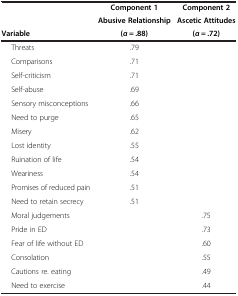
<table><thead><tr><td><b> </b></td><td><b>Component 1</b></td><td><b>Component 2</b></td></tr><tr><td><b> </b></td><td><b>Abusive Relationship</b></td><td><b>Ascetic Attitudes</b></td></tr><tr><td><b>Variable</b></td><td><b>(<i>α</i> = .88)</b></td><td><b>(<i>α</i> = .72)</b></td></tr></thead><tbody><tr><td>Threats</td><td>.79</td><td> </td></tr><tr><td>Comparisons</td><td>.71</td><td> </td></tr><tr><td>Self-criticism</td><td>.71</td><td> </td></tr><tr><td>Self-abuse</td><td>.69</td><td> </td></tr><tr><td>Sensory misconceptions</td><td>.66</td><td> </td></tr><tr><td>Need to purge</td><td>.65</td><td> </td></tr><tr><td>Misery</td><td>.62</td><td> </td></tr><tr><td>Lost identity</td><td>.55</td><td> </td></tr><tr><td>Ruination of life</td><td>.54</td><td> </td></tr><tr><td>Weariness</td><td>.54</td><td> </td></tr><tr><td>Promises of reduced pain</td><td>.51</td><td> </td></tr><tr><td>Need to retain secrecy</td><td>.51</td><td> </td></tr><tr><td>Moral judgements</td><td> </td><td>.75</td></tr><tr><td>Pride in ED</td><td> </td><td>.73</td></tr><tr><td>Fear of life without ED</td><td> </td><td>.60</td></tr><tr><td>Consolation</td><td> </td><td>.55</td></tr><tr><td>Cautions re. eating</td><td> </td><td>.49</td></tr><tr><td>Need to exercise</td><td> </td><td>.44</td></tr></tbody></table>